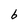
Character: b